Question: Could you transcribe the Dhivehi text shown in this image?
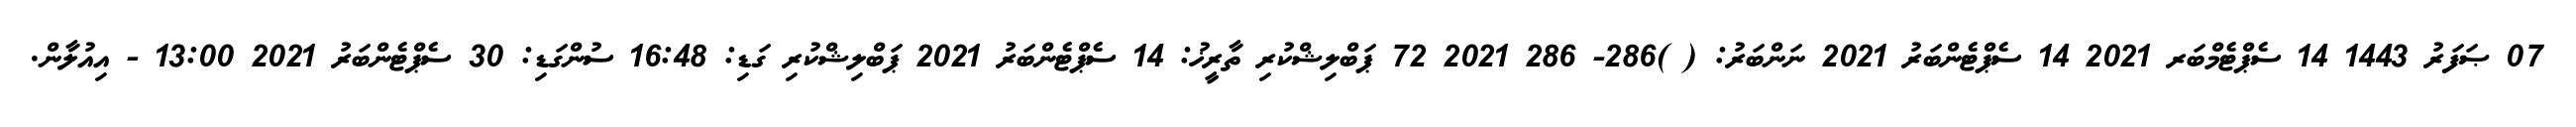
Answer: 07 ޞަފަރު 1443 14 ސެޕްޓެމްބަރ 2021 14 ސެޕްޓެންބަރު 2021 ނަންބަރު: ( )286- 286 2021 72 ޕަބްލިޝްކުރި ތާރީޚު: 14 ސެޕްޓެންބަރު 2021 ޕަބްލިޝްކުރި ގަޑި: 16:48 ސުންގަޑި: 30 ސެޕްޓެންބަރު 2021 13:00 - އިއުލާން.